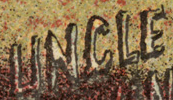
UNCLE